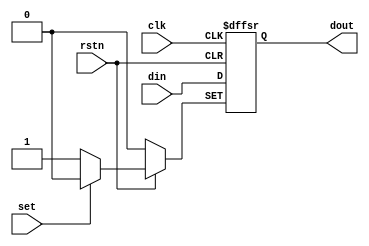

//////////////////////////////////////////////////////////////////////////////////
// Company: 
// Engineer: 
// 
// Design Name: 
// Module Name: async_reset
// Project Name: 
// Target Devices: 
// Tool Versions: 
// Description: 
// 
// Dependencies: 
// 
// Revision:
// Revision 0.01 - File Created
// Additional Comments:
// 
//////////////////////////////////////////////////////////////////////////////////


module async_reset(
    input rstn,
    input clk,
    input din,
    input set,
    output reg dout
  
    );
    always @(posedge clk or negedge rstn or negedge set)
    if(!rstn) dout <= 1'b0;
    else if(!set) dout<=1'b1;
    else dout <=din;
   
endmodule